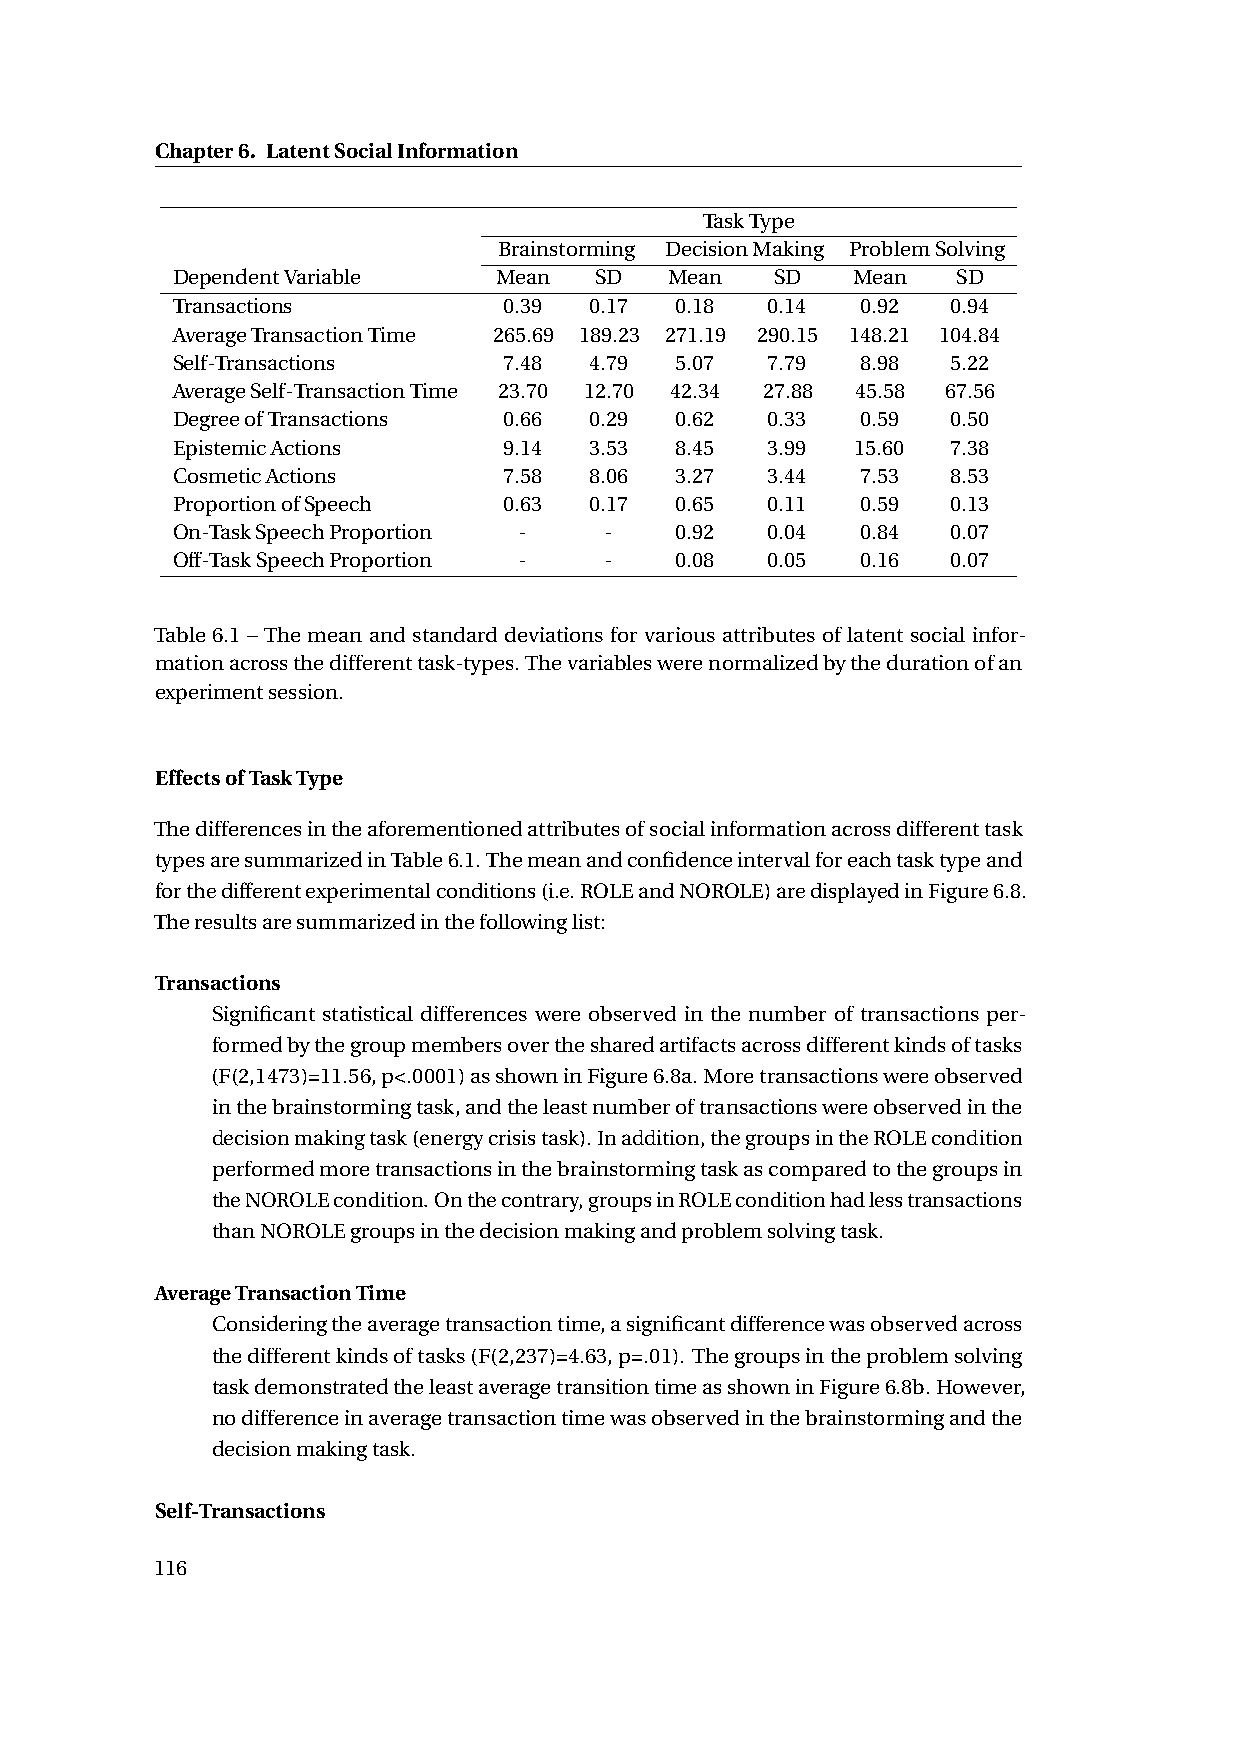
Chapter6. LatentSocialInformation
 TaskType
 Brainstorming DecisionMaking ProblemSolving
 DependentVariable     Mean  SD   Mean   SD   Mean   SD
 Transactions          0.39  0.17  0.18  0.14  0.92  0.94
 AverageTransactionTime 265.69 189.23 271.19 290.15 148.21 104.84
 Self-Transactions     7.48  4.79  5.07  7.79  8.98  5.22
 AverageSelf-TransactionTime 23.70 12.70 42.34 27.88 45.58 67.56
 DegreeofTransactions  0.66  0.29  0.62  0.33  0.59  0.50
 EpistemicActions      9.14  3.53  8.45  3.99  15.60 7.38
 CosmeticActions       7.58  8.06  3.27  3.44  7.53  8.53
 ProportionofSpeech    0.63  0.17  0.65  0.11  0.59  0.13
 On-TaskSpeechProportion -    -    0.92  0.04  0.84  0.07
 Off-TaskSpeechProportion -   -    0.08  0.05  0.16  0.07
 Table 6.1 – The mean and standard deviations for various attributes of latent social infor-
 mationacrossthedifferenttask-types.Thevariableswerenormalizedbythedurationofan
 experimentsession.
 EffectsofTaskType
 Thedifferencesintheaforementionedattributesofsocialinformationacrossdifferenttask
 typesaresummarizedinTable6.1.Themeanandconfidenceintervalforeachtasktypeand
 forthedifferentexperimentalconditions(i.e.ROLEandNOROLE)aredisplayedinFigure6.8.
 Theresultsaresummarizedinthefollowinglist:
 Transactions
 Significant statistical differences were observed in the number of transactions per-
 formedbythegroupmembersoverthesharedartifactsacrossdifferentkindsoftasks
 (F(2,1473)=11.56,p<.0001)asshowninFigure6.8a.Moretransactionswereobserved
 inthebrainstormingtask,andtheleastnumberoftransactionswereobservedinthe
 decisionmakingtask(energycrisistask).Inaddition,thegroupsintheROLEcondition
 performedmoretransactionsinthebrainstormingtaskascomparedtothegroupsin
 theNOROLEcondition.Onthecontrary,groupsinROLEconditionhadlesstransactions
 thanNOROLEgroupsinthedecisionmakingandproblemsolvingtask.
 AverageTransactionTime
 Consideringtheaveragetransactiontime,asignificantdifferencewasobservedacross
 thedifferentkindsoftasks(F(2,237)=4.63,p=.01). Thegroupsintheproblemsolving
 taskdemonstratedtheleastaveragetransitiontimeasshowninFigure6.8b.However,
 nodifferenceinaveragetransactiontimewasobservedinthebrainstormingandthe
 decisionmakingtask.
 Self-Transactions
 116